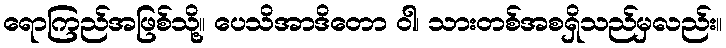
ရောကြည်အဖြစ်သို့။ ပေသိအာဒိတော ဝါ၊ သားတစ်အစရှိသည်မှလည်း။